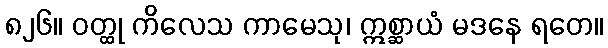
၈၂၆။ ဝတ္ထု ကိလေသ ကာမေသု၊ ဣစ္ဆာယံ မဒနေ ရတေ။